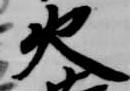
火